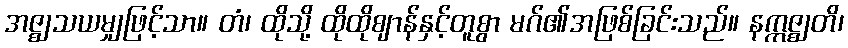
အဇ္ဈသယမျှဖြင့်သာ။ တံ၊ ထိုသို့ ထိုထိုဈာန်နှင့်တူစွာ မဂ်၏အဖြစ်ခြင်းသည်။ နဣဇ္ဈတိ၊